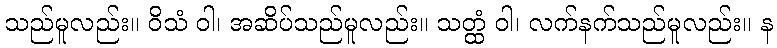
သည်မူလည်း။ ဝိသံ ဝါ၊ အဆိပ်သည်မူလည်း။ သတ္ထံ ဝါ၊ လက်နက်သည်မူလည်း။ န